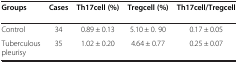
| Groups | Cases | Th17cell (%) | Tregcell (%) | Th17cell/Tregcell |
 | --- | --- | --- | --- | --- |
 | Control | 34 | 0.89 ± 0.13 | 5.10 ± 0. 90 | 0.17 ± 0.05 |
 | Tuberculous pleurisy | 35 | 1.02 ± 0.20 | 4.64 ± 0.77 | 0.25 ± 0.07 |